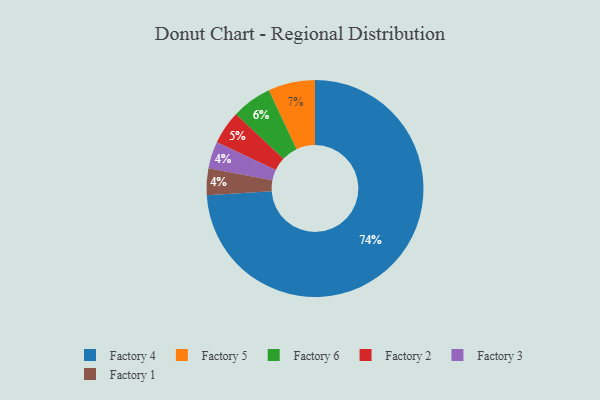
{"axis": {"x": "Category", "y": "Percentage"}, "legend": ["Factory 1", "Factory 2", "Factory 3", "Factory 4", "Factory 5", "Factory 6"], "data": [{"x": "Factory 5", "y": 7, "type": "Factory 5"}, {"x": "Factory 6", "y": 6, "type": "Factory 6"}, {"x": "Factory 3", "y": 4, "type": "Factory 3"}, {"x": "Factory 4", "y": 74, "type": "Factory 4"}, {"x": "Factory 2", "y": 5, "type": "Factory 2"}, {"x": "Factory 1", "y": 4, "type": "Factory 1"}]}